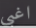
اغبى